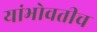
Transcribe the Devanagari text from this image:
यांभोवतीच